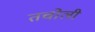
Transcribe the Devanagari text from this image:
तचोली